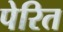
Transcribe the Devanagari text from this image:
पेरित